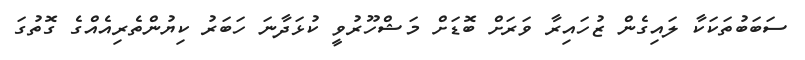
ސަބަބުތަކަކާ ލައިގެން ޒުހައިރާ ވަރަށް ބޮޑަށް މަޝްހޫރުވީ ކުޅަދާނަ ހަބަރު ކިޔުންތެރިއެއްގެ ގޮތުގަ